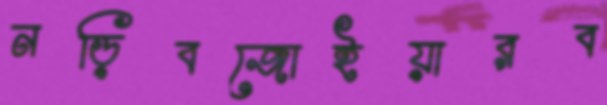
নড়িবজোইয়ারব